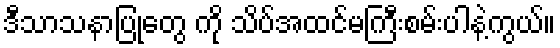
ဒီသာသနာပြုတွေ ကို သိပ်အထင်မကြီးစမ်းပါနဲ့ကွယ်။